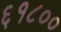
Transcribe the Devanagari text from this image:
६१८००